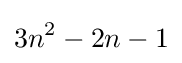
3n^{2}-2n-1